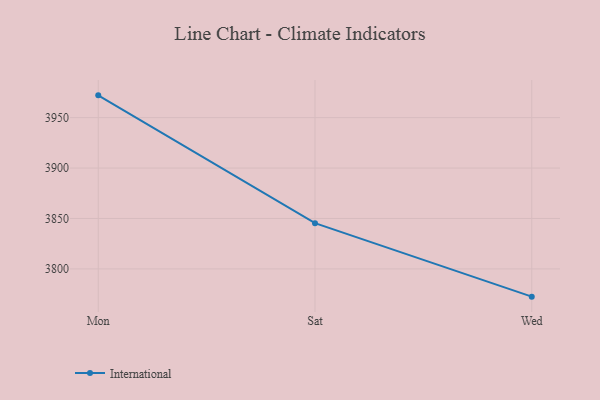
{"axis": {"x": "Day", "y": "Inventory Turnover"}, "legend": ["International"], "data": [{"x": "Mon", "y": 3972.1, "type": "International"}, {"x": "Sat", "y": 3845.4, "type": "International"}, {"x": "Wed", "y": 3772.5, "type": "International"}]}